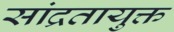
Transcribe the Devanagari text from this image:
सांद्रतायुक्त